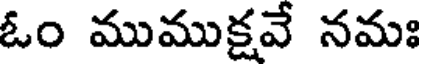
ఓం ముముక్షవే నమః